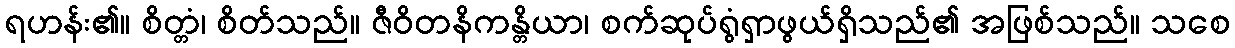
ရဟန်း၏။ စိတ္တံ၊ စိတ်သည်။ ဇီဝိတနိကန္တိယာ၊ စက်ဆုပ်ရွံရှာဖွယ်ရှိသည်၏ အဖြစ်သည်။ သစေ